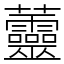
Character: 䖅